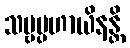
သဗ္ဗပ္ပဟာယိနန္တိ